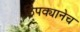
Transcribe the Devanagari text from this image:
ठिपक्यानेच